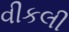
વીકલી